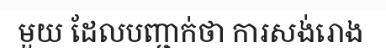
មួយ ដែលបញ្ជាក់ថា ការសង់រោង